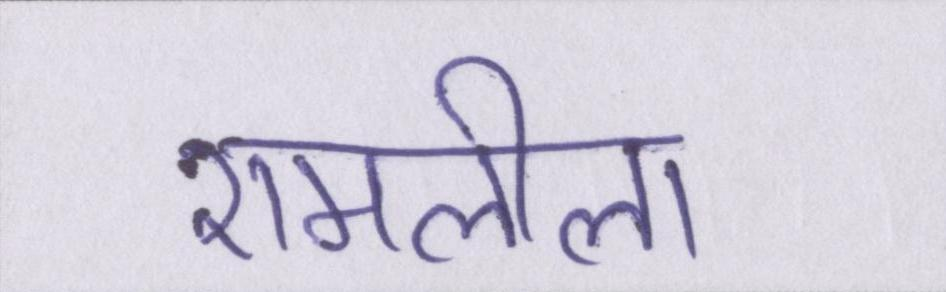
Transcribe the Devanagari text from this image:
रामलीला